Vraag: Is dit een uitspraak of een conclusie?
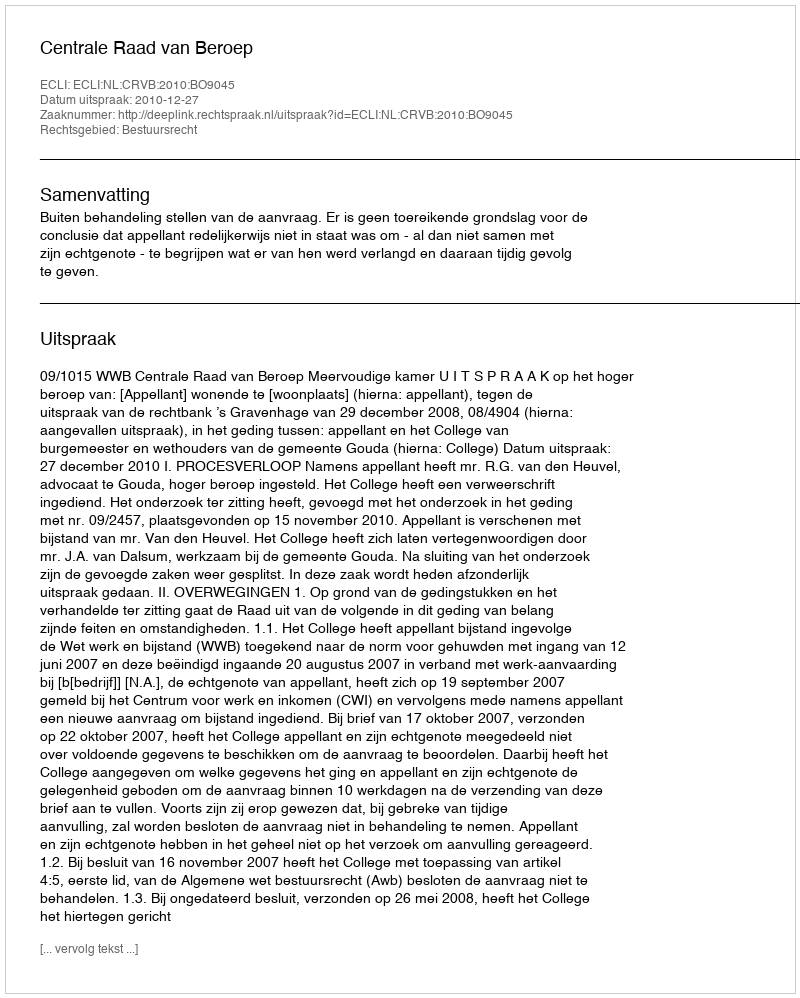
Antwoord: Uitspraak